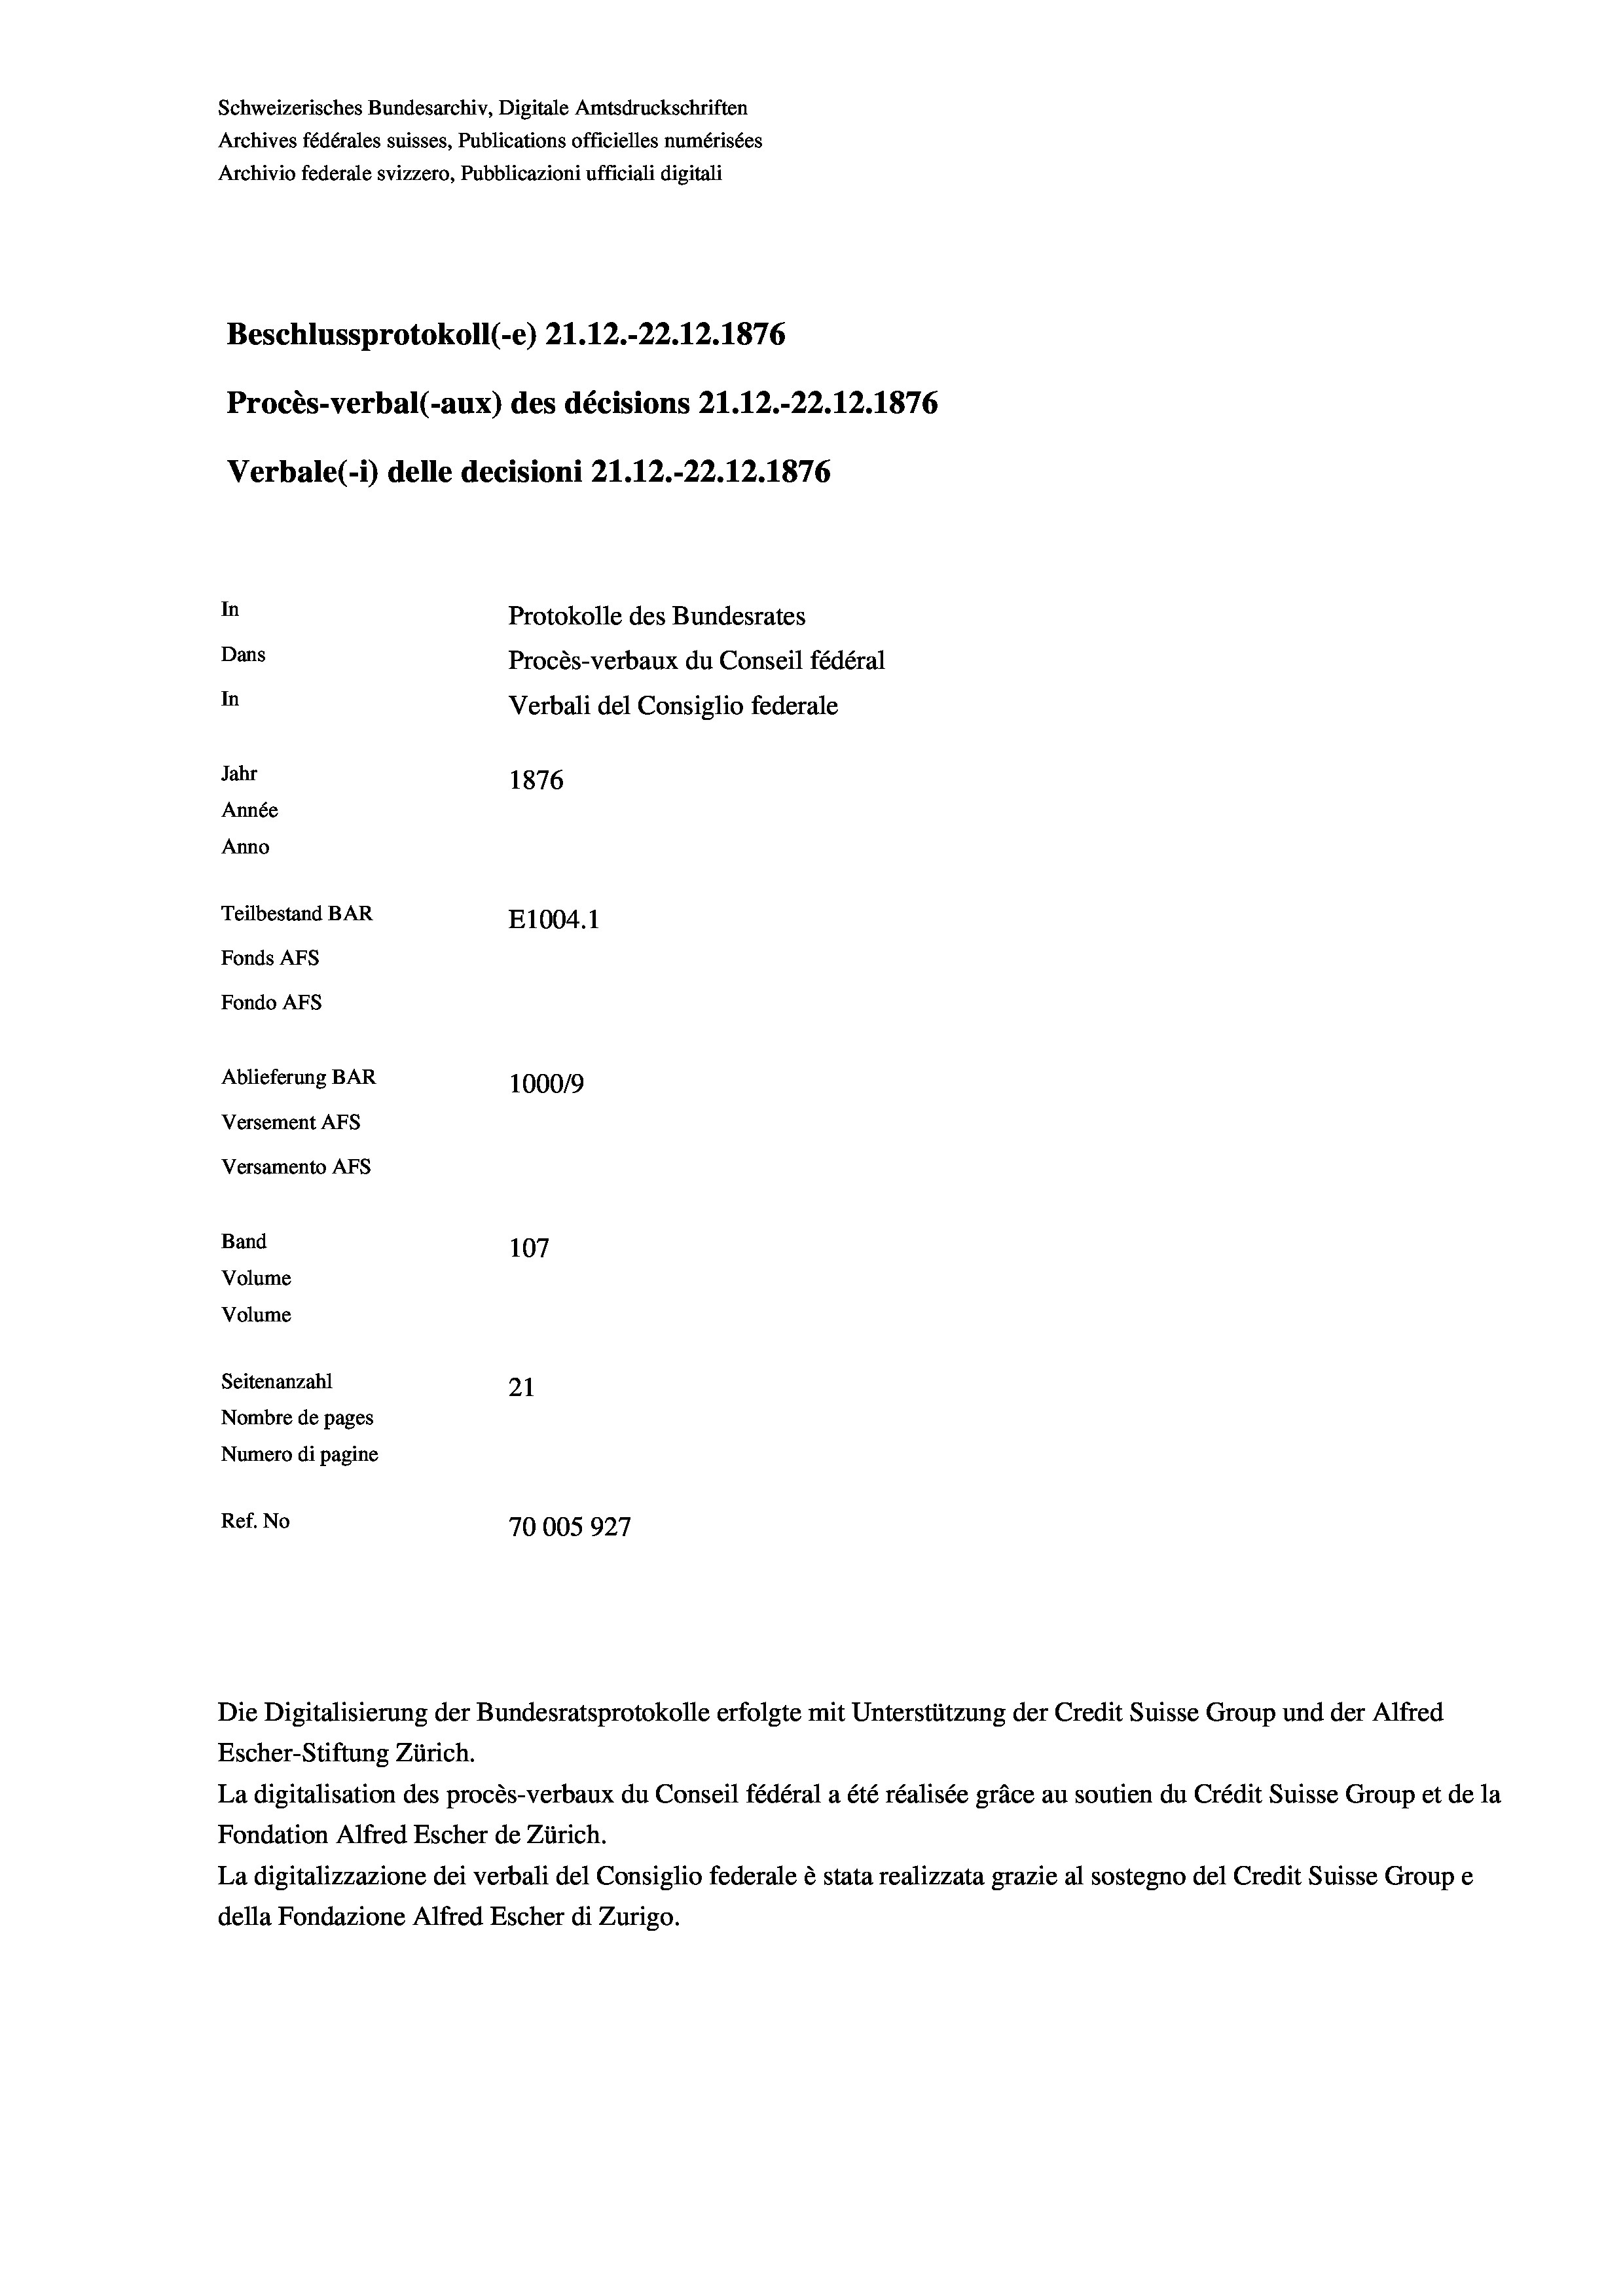
Schweizerisches Bundesarchiv, Digitale Amtsdruckschriften
Archives fédérales suisses, Publications officielles numérisées
Archivio federale svizzero, Pubblicazioni ufficiali digitali
Beschlussprotokoll (-e) 21.12.-22.12.1876
Procès-verbal (-aux) des décisions 21.12.-22.12.1876
Verbale(- 1) delle decisioni 21.12.-22.12.1876
In
Protokolle des Bundesrates
Dans
Procès-verbaux du Conseil fédéral
In
Verbali del Consiglio federale
Jahr
1876
Année
Anno
Teilbestand BAR
E1004. 1
Fonds Afs
Fondo Afs
Ablieferung BAR
100019
Versement AFs
Versamento Afs
Band
107
Volume
Volume
Seitenanzahl
21
Nombre de pages
Numero di pagine
Ref. No
70005927

Escher-Stiftung Zürich.
La digitalisation des procès-verbaux du Conseil fédéral a été réalisée gräce au soutien du Crédit Suisse Group et de la
Fondation Alfred Escher de Zürich.
La digitalizzazione dei verbali del Consiglio federale è stata realizzata grazie al sostegno del Credit Suisse Groupe
della Fondazione Alfred Escher di Zurigo.

Die Digitalisierung der Bundesratsprotokolle erfolgte mit Unterstützung der Credit Suisse Group und der Alfred